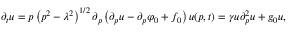
\partial _ { t } u = p \left( p ^ { 2 } - \lambda ^ { 2 } \right) ^ { 1 / 2 } \partial _ { p } \left( \partial _ { p } u - \partial _ { p } \varphi _ { 0 } + f _ { 0 } \right) u ( p , t ) = \gamma u \partial _ { p } ^ { 2 } u + g _ { 0 } u ,